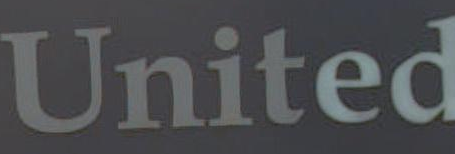
United